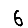
Digit: 6